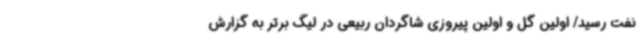
نفت رسید/ اولین گل و اولین پیروزی شاگردان ربیعی در لیگ برتر به گزارش